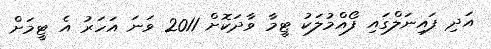
އަދި ފައިނަލްގައި ފޯއްމުލަކު ޓީމާ ވާދަކޮށް 2011 ވަނަ އަހަރު އެ ޓީމަށް